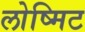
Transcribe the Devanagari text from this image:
लोष्मिट